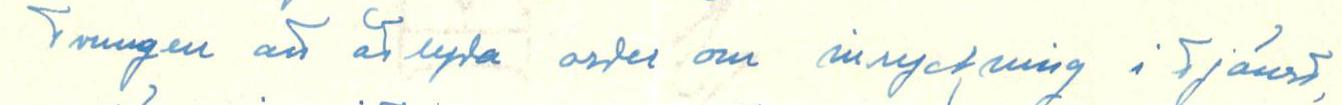
tvungen att år lyda order om inryckning i tjänst,